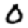
Digit: 0